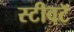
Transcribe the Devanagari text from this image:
स्टीवटॅ